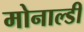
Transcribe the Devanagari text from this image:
मोनाल्डी